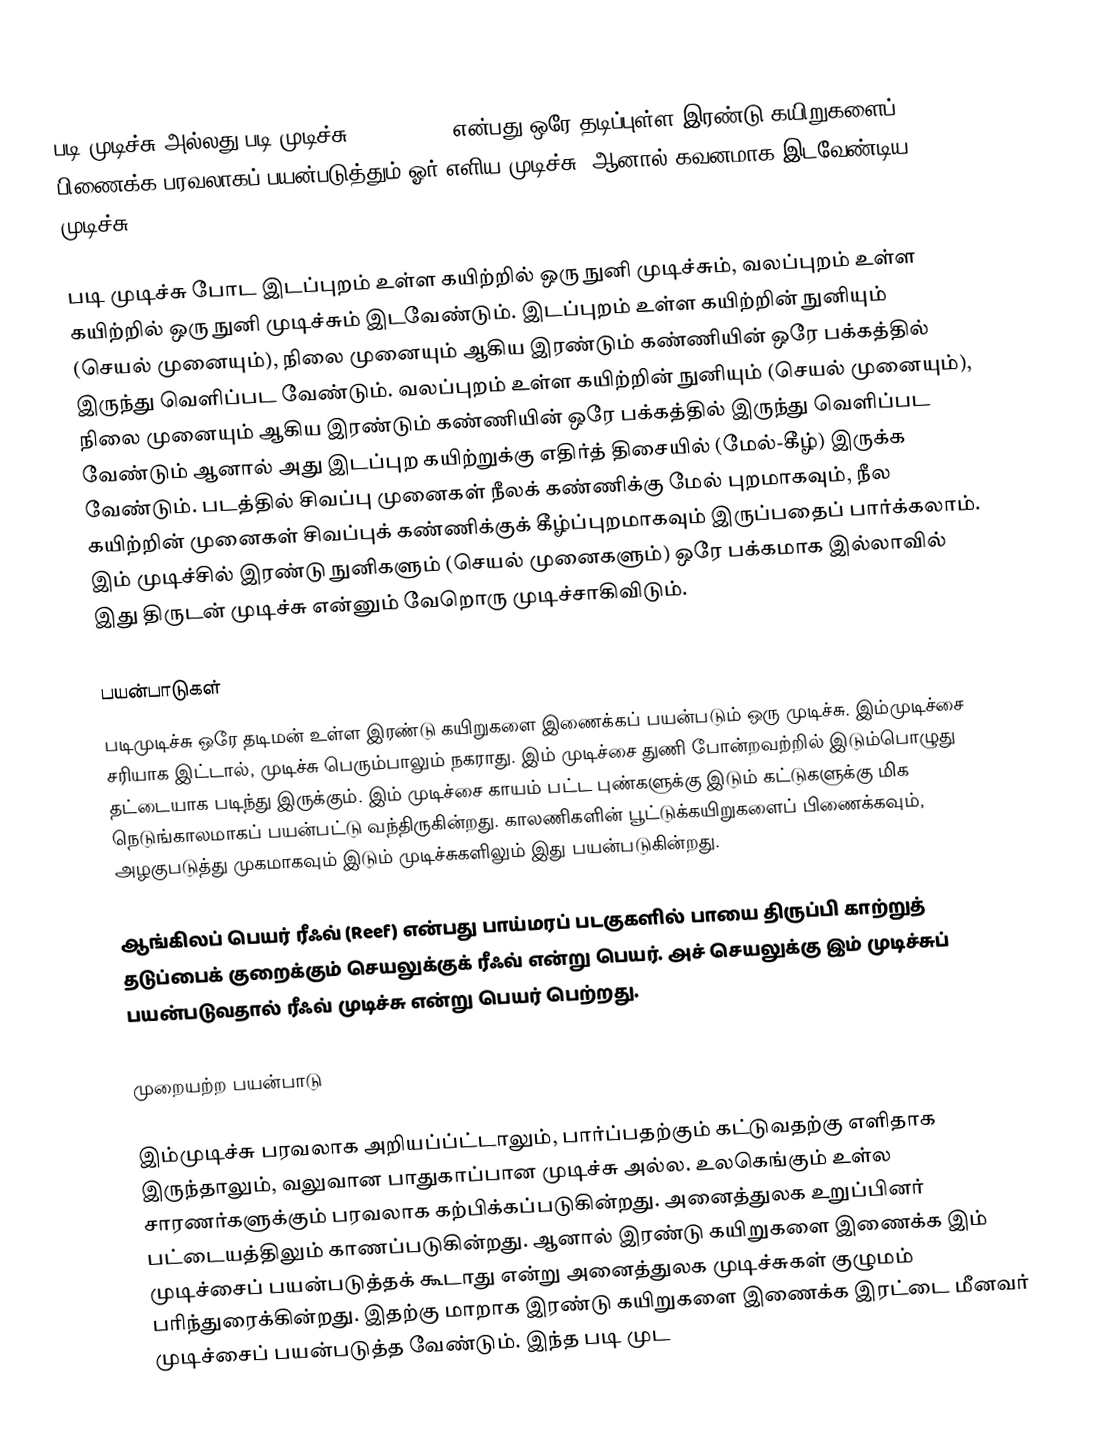
படி முடிச்சு அல்லது படி முடிச்சு (reef knot) என்பது ஒரே தடிப்புள்ள இரண்டு கயிறுகளைப் பிணைக்க பரவலாகப் பயன்படுத்தும் ஓர் எளிய முடிச்சு. ஆனால் கவனமாக இடவேண்டிய முடிச்சு.

படி முடிச்சு போட இடப்புறம் உள்ள கயிற்றில் ஒரு நுனி முடிச்சும், வலப்புறம் உள்ள கயிற்றில் ஒரு நுனி முடிச்சும் இடவேண்டும். இடப்புறம் உள்ள கயிற்றின் நுனியும் (செயல் முனையும்), நிலை முனையும் ஆகிய இரண்டும் கண்ணியின் ஒரே பக்கத்தில் இருந்து வெளிப்பட வேண்டும். வலப்புறம் உள்ள கயிற்றின் நுனியும் (செயல் முனையும்), நிலை முனையும் ஆகிய இரண்டும் கண்ணியின் ஒரே பக்கத்தில் இருந்து வெளிப்பட வேண்டும் ஆனால் அது இடப்புற கயிற்றுக்கு எதிர்த் திசையில் (மேல்-கீழ்) இருக்க வேண்டும். படத்தில் சிவப்பு முனைகள் நீலக் கண்ணிக்கு மேல் புறமாகவும், நீல கயிற்றின் முனைகள் சிவப்புக் கண்ணிக்குக் கீழ்ப்புறமாகவும் இருப்பதைப் பார்க்கலாம். இம் முடிச்சில் இரண்டு நுனிகளும் (செயல் முனைகளும்) ஒரே பக்கமாக இல்லாவில் இது திருடன் முடிச்சு என்னும் வேறொரு முடிச்சாகிவிடும்.

பயன்பாடுகள்
படிமுடிச்சு ஒரே தடிமன் உள்ள இரண்டு கயிறுகளை இணைக்கப் பயன்படும் ஒரு முடிச்சு. இம்முடிச்சை சரியாக இட்டால், முடிச்சு பெரும்பாலும் நகராது. இம் முடிச்சை துணி போன்றவற்றில் இடும்பொழுது தட்டையாக படிந்து இருக்கும். இம் முடிச்சை காயம் பட்ட புண்களுக்கு இடும் கட்டுகளுக்கு மிக நெடுங்காலமாகப் பயன்பட்டு வந்திருகின்றது. காலணிகளின் பூட்டுக்கயிறுகளைப் பிணைக்கவும், அழகுபடுத்து முகமாகவும் இடும் முடிச்சுகளிலும் இது பயன்படுகின்றது.

ஆங்கிலப் பெயர் ரீஃவ் (Reef) என்பது பாய்மரப் படகுகளில் பாயை திருப்பி காற்றுத் தடுப்பைக் குறைக்கும் செயலுக்குக் ரீஃவ் என்று பெயர். அச் செயலுக்கு இம் முடிச்சுப் பயன்படுவதால் ரீஃவ் முடிச்சு என்று பெயர் பெற்றது.

முறையற்ற பயன்பாடு

இம்முடிச்சு பரவலாக அறியப்ப்ட்டாலும், பார்ப்பதற்கும் கட்டுவதற்கு எளிதாக இருந்தாலும், வலுவான பாதுகாப்பான முடிச்சு அல்ல. உலகெங்கும் உள்ல சாரணர்களுக்கும் பரவலாக கற்பிக்கப்படுகின்றது. அனைத்துலக உறுப்பினர் பட்டையத்திலும் காணப்படுகின்றது. ஆனால் இரண்டு கயிறுகளை இணைக்க இம் முடிச்சைப் பயன்படுத்தக் கூடாது என்று அனைத்துலக முடிச்சுகள் குழுமம் பரிந்துரைக்கின்றது. இதற்கு மாறாக இரண்டு கயிறுகளை இணைக்க இரட்டை மீனவர் முடிச்சைப் பயன்படுத்த வேண்டும். இந்த படி முட